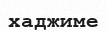
хаджиме